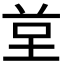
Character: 𭎙